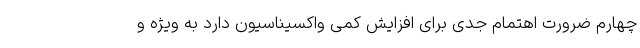
چهارم ضرورت اهتمام جدی برای افزایش کمی واکسیناسیون دارد به ویژه و